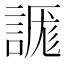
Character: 𰴾